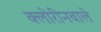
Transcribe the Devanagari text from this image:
क्लोरीनवाले